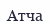
Атча